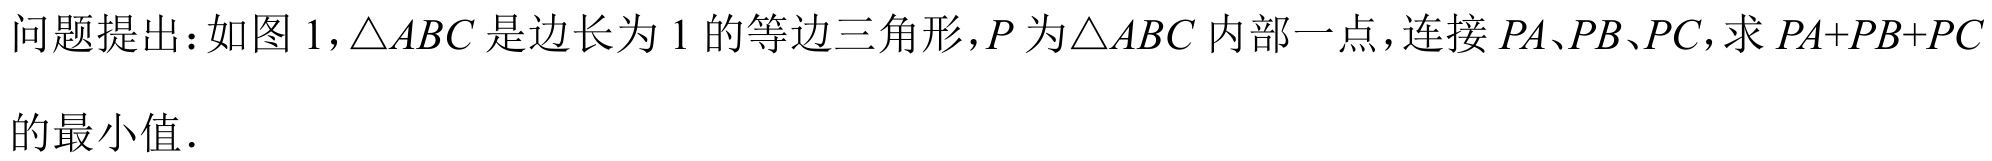
问题提出：如图 1，\(\triangle ABC\)是边长为\(1\)的等边三角形，\(P\)为\(\triangle ABC\)内部一点，连接\(PA\)、\(PB\)、\(PC\)，求\(PA + PB + PC\)的最小值．